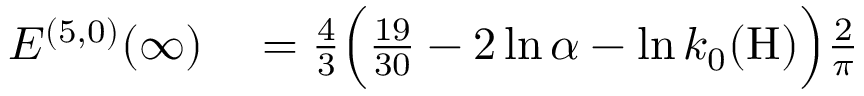
\begin{array} { r l } { { \cal { E } } ^ { ( 5 , 0 ) } ( \infty ) } & { { } = \frac { 4 } { 3 } \Big ( \frac { 1 9 } { 3 0 } - 2 \ln \alpha - \ln k _ { 0 } ( \mathrm { H } ) \Big ) \frac { 2 } { \pi } } \end{array}